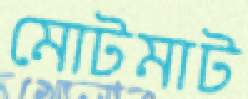
মোটমাট